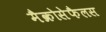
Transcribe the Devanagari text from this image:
मैक्रोसेफैलस